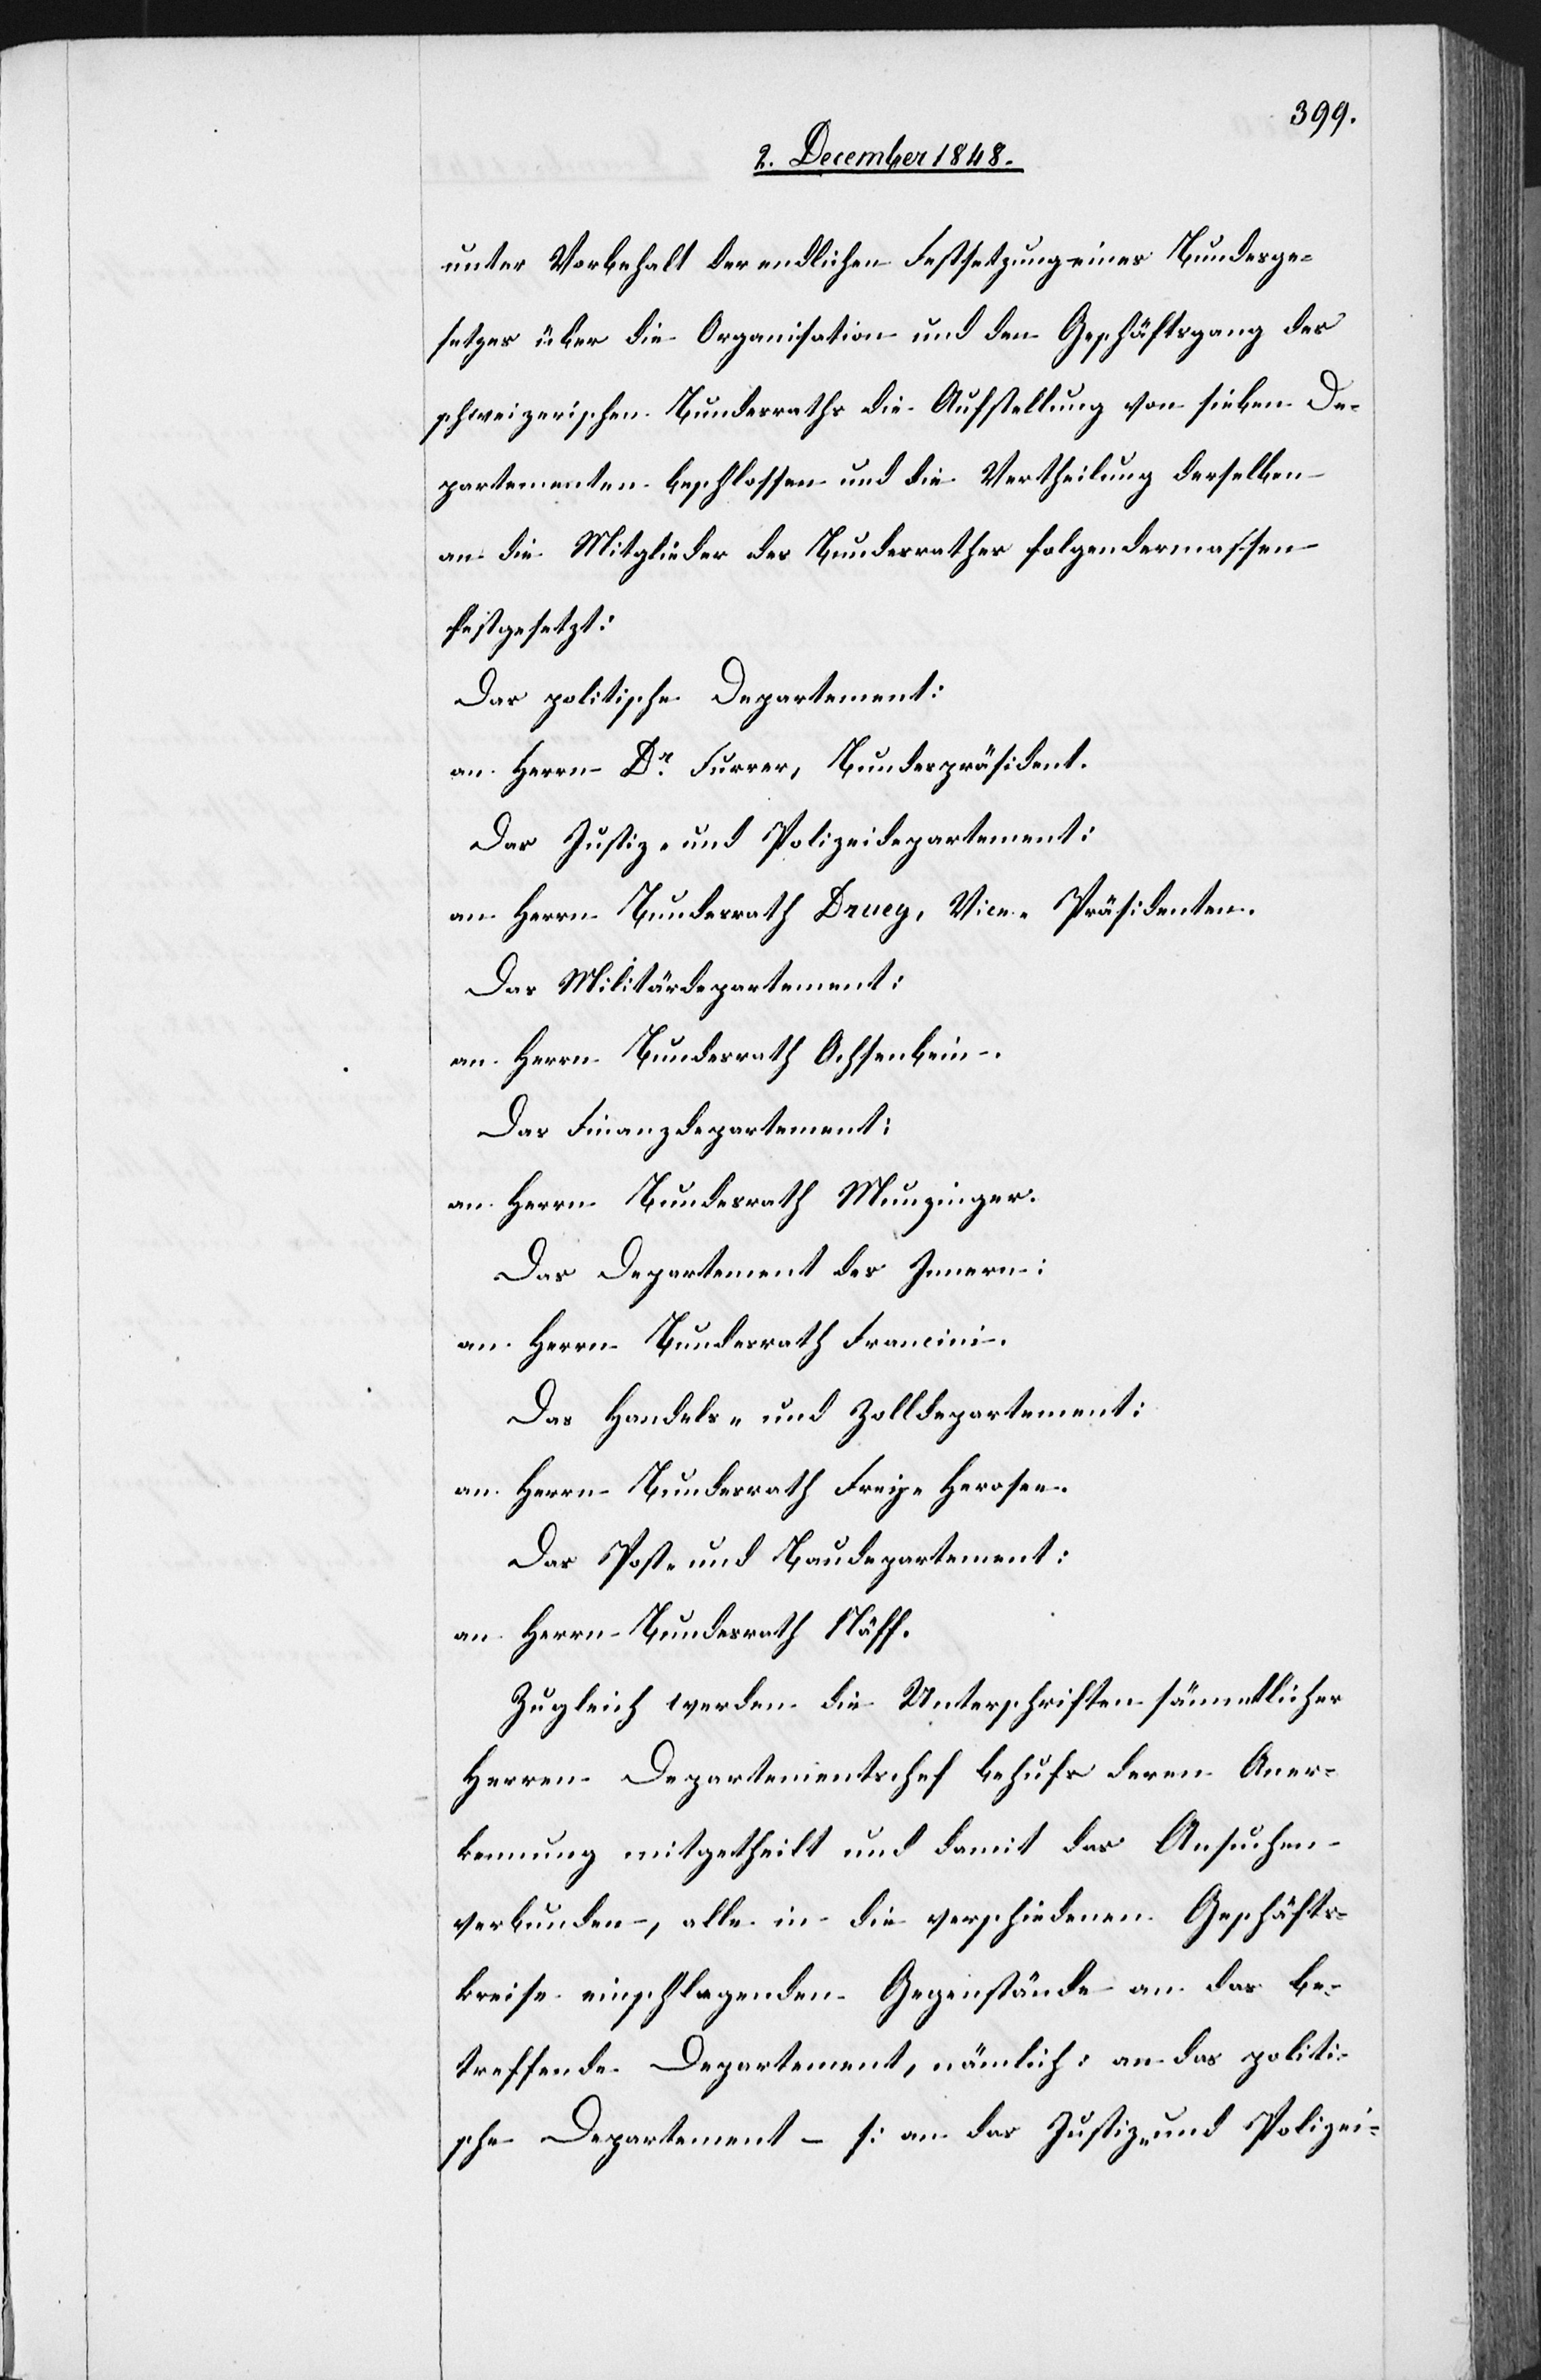
unter Vorbehalt der endlichen Festsetzung eines Bundesge¬
setzes über die Organisation und den Geschäftsgang des
schweizerischen Bundesraths die Aufstellung von sieben De¬
partementen beschlossen und die Vertheilung derselben
an die Mitglieder des Bundesrathes folgendermassen
festgesetzt:
Das politische Departement:
an Herrn Dr Furrer, Bundespräsident.
Das Justiz- und Polizeidepartement:
an Herrn Bundesrath Druey, Vice-Präsidenten.
Das Militärdepartement:
an Herrn Bundesrath Ochsenbein.
Das Finanzdepartement:
an Herrn Bundesrath Munzinger.
Das Departement des Innern:
an Herrn Bundesrath Francini.
Das Handels- und Zolldepartement:
an Herrn Bundesrath Frey-Herosee.
Das Post- und Baudepartement:
an Herrn Bundesrath Näff.
Zugleich werden die Unterschriften sämmtlicher
Herren Departementschef behufs deren Aner¬
kennung mitgetheilt und damit das Ansuchen
verbunden, alle in die verschiedenen Geschäfts¬
kreise einschlagenden Gegenstände an das be¬
treffende Departement, nämlich: an das politi¬
sche Departement – [an das Justiz- und Polizei-